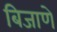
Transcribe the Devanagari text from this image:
बिजाणे